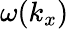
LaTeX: \omega(k_{x})